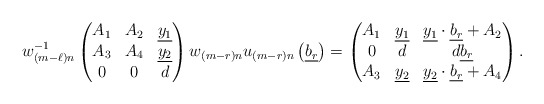
\begin{align*}w_{(m-\ell)n}^{-1}\begin{pmatrix}A_1&A_2&\underline{y_1}\\A_3&A_4&\underline{y_2}\\0&0&d\end{pmatrix} w_{(m-r)n}u_{(m-r)n}\left(\underline{b_r}\right) = \begin{pmatrix}A_1&\underline{y_1}&\underline{y_1}\cdot\underline{b_r} +A_2\\0&d&d\underline{b_r}\\A_3&\underline{y_2}&\underline{y_2}\cdot\underline{b_r} +A_4\end{pmatrix}.\end{align*}